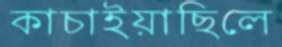
কাচাইয়াছিলে